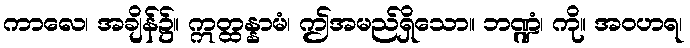
ကာလေ၊ အချိန်၌။ ဣတ္ထန္နာမံ၊ ဤအမည်ရှိသော။ ဘဏ္ဍံ၊ ကို။ အဝဟရ၊